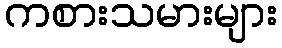
ကစားသမားများ